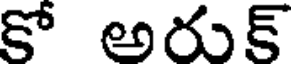
కో అరుక్